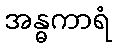
အန္ဓကာရံ